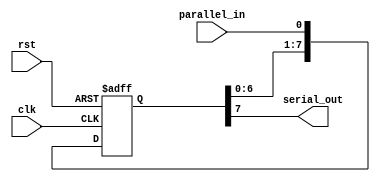
module PISO_shift_register(
  input clk,
  input rst,
  input parallel_in,
  output reg serial_out
);

reg [7:0] shift_reg;

always @(posedge clk or posedge rst)
begin
  if(rst)
    shift_reg <= 8'b00000000;
  else
    shift_reg <= {shift_reg[6:0], parallel_in};
end

assign serial_out = shift_reg[7];

endmodule